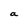
Character: a